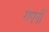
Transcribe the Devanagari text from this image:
गंपनी